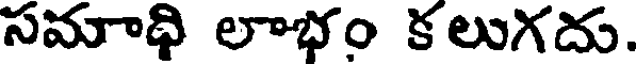
సమాధి లాభం కలుగదు.